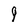
Character: 9